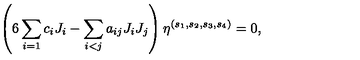
\left( 6 \sum _ { i = 1 } c _ { i } J _ { i } - \sum _ { i < j } a _ { i j } J _ { i } J _ { j } \right) \eta ^ { ( s _ { 1 } , s _ { 2 } , s _ { 3 } , s _ { 4 } ) } = 0 ,